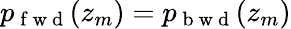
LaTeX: p_{\mathrm{~f~w~d~}}(z_{m})=p_{\mathrm{~b~w~d~}}(z_{m})